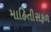
માહિતીસફળ